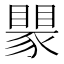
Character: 𬥅